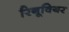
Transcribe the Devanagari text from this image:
रिनूवियर